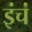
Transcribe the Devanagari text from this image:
इंचं